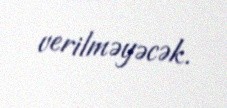
verilməyəcək.